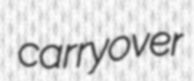
carryover